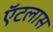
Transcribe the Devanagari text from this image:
ऍटलास